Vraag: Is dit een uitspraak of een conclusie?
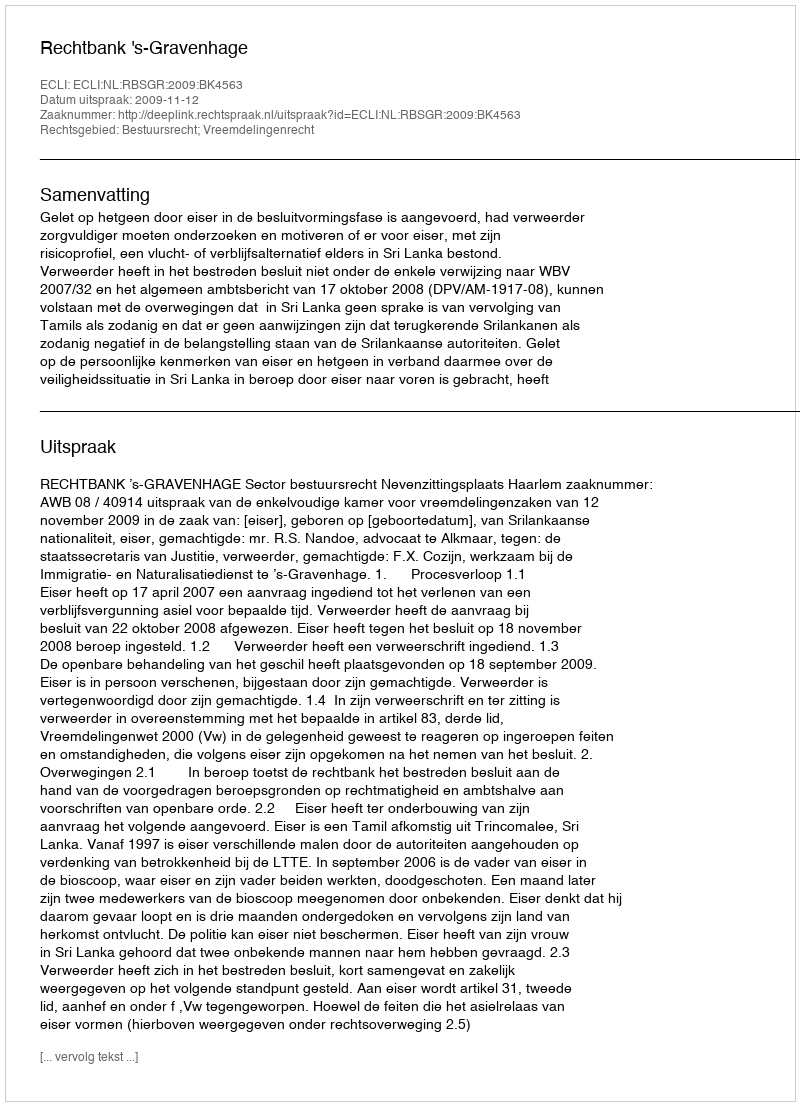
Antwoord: Uitspraak